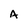
Character: A